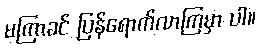
မကြာခင် ပြန်ရောက်လာကြမှာ ပါ။